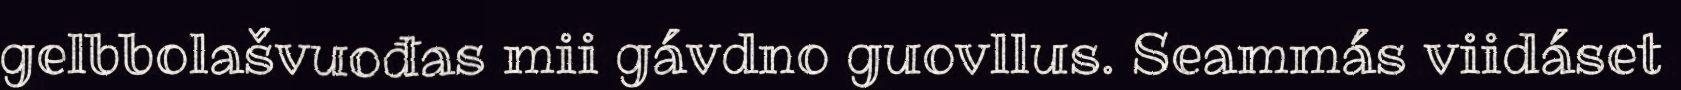
gelbbolašvuođas mii gávdno guovllus. Seammás viidáset